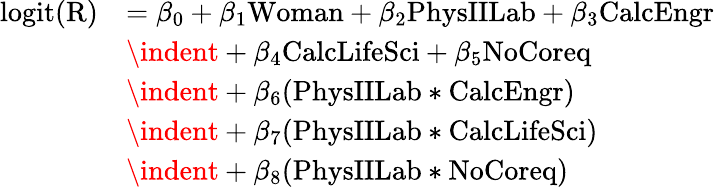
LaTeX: \begin{array}{rl}{\mathrm{logit(R)}}&{=\beta_{0}+\beta_{1}\mathrm{Woman}+\beta_{2}\mathrm{PhysIILab}+\beta_{3}\mathrm{CalcEngr}}\\ &{\indent+\beta_{4}\mathrm{CalcLifeSci}+\beta_{5}\mathrm{NoCoreq}}\\ &{\indent+\beta_{6}(\mathrm{PhysIILab}\ast\mathrm{CalcEngr})}\\ &{\indent+\beta_{7}(\mathrm{PhysIILab}\ast\mathrm{CalcLifeSci})}\\ &{\indent+\beta_{8}(\mathrm{PhysIILab}\ast\mathrm{NoCoreq})}\end{array}